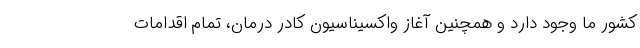
کشور ما وجود دارد و همچنین آغاز واکسیناسیون کادر درمان، تمام اقدامات